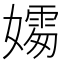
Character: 𪦦